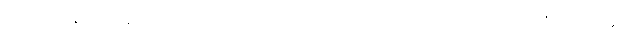
ပဋိသင်္ခါနုပဿနာဉာဏံ၊ ကို။ ဒဋ္ဌဗ္ဗံ၊ ၏။ သပ္ပံ၊ မြွေကို။ ပရိဗ္ဘမေတွာ၊ ဦးခေါင်း၏